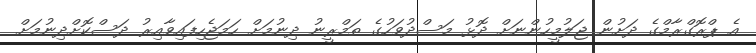
އެ ޕްރޮގްރާމްގެ ދަށުން ޖަލުމީހުންނަށް ދޮޅު މަސްދުވަހުގެ ތަމްރީނު ދިނުމަށް ހަމަޖެހިފައިވާއިރު ދަސްކޮށްދިނުމަށް